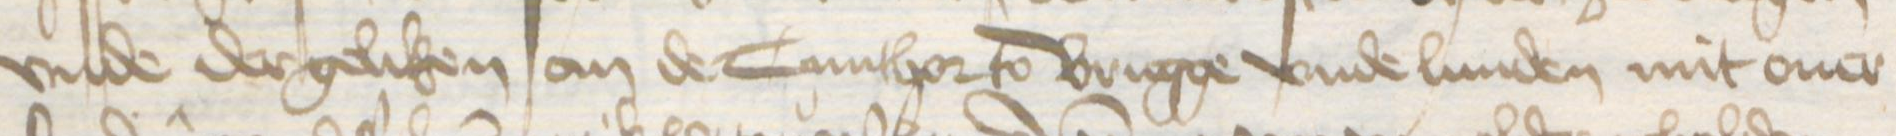
Transcription: vnde dergeliken an de Cunthor to Brugge vnde Lunden mit ouer